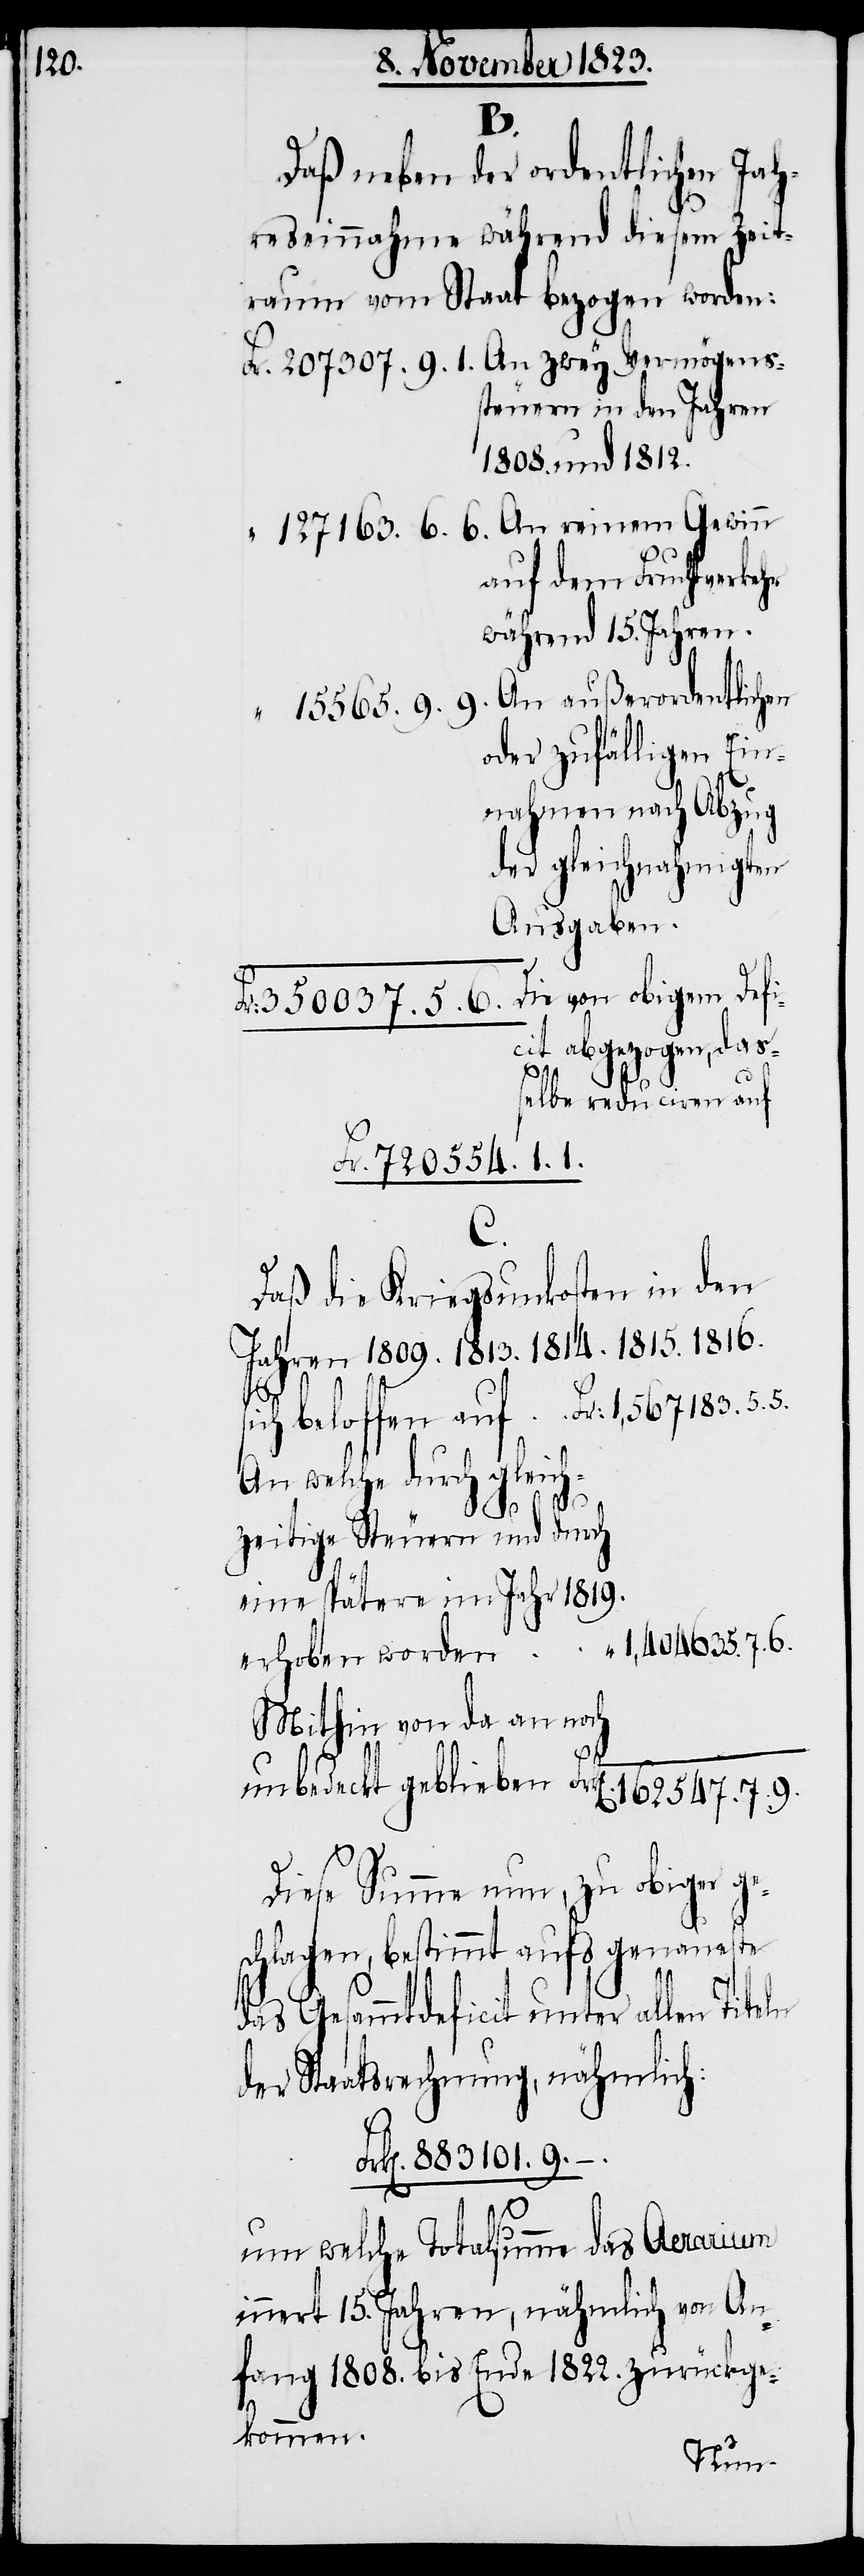
1.
Daß neben der ordentlichen Jah¬
reseinnahme während diesem Zeit¬
raum vom Staat bezogen worden:
steuern in den Jahren
1808. und 1812.
auf dem Fruchtverkehr
während 15. Jahren.
oder zufälligen Ein¬
nahmen nach Abzug
der gleichnahmigten
Ausgaben.
Die von obigem Defi¬
cit abgezogen, dass¬
elbe reduciren auf
7.
Fr¬
Daß die Kriegsunkosten in den
Jahren 1809. 1813. 1814. 1815. 1816.
An welche durch gleich¬
zeitige Steuern und durch
eine spätere im Jahr 1819.
Mithin von da an noch
Diese Summe nun, zu obiger ge¬
schlagen, bestimmt aufs genaueste
das Gesammtdeficit unter allen Titeln
der Staatsrechnung, nähmlich:
k[en]. 883101. 9.
um welche Totalsumme das Aerarium
innert 15. Jahren, nähmlich von An¬
fang 1808. bis Ende 1822. zurückge¬
kommen.
ögens¬